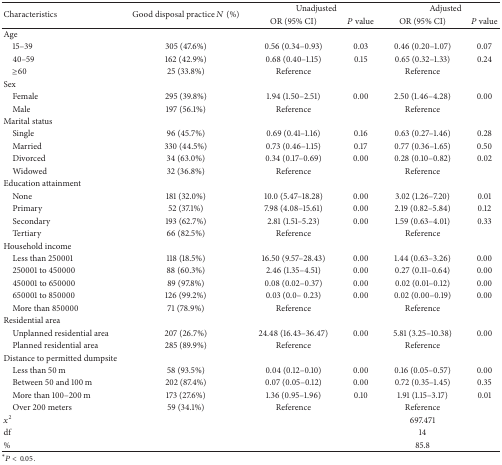
<table><thead><tr><td rowspan="2"><b>Characteristics</b></td><td rowspan="2"><b>Good disposal practice <i>N</i> (%)</b></td><td colspan="2"><b>Unadjusted</b></td><td colspan="2"><b>Adjusted</b></td></tr><tr><td><b>OR (95% CI)</b></td><td><b><i>P</i> value</b></td><td><b>OR (95% CI)</b></td><td><b><i>P</i> value</b></td></tr></thead><tbody><tr><td>Age</td><td> </td><td> </td><td> </td><td> </td><td> </td></tr><tr><td> 15–39</td><td>305 (47.6%)</td><td>0.56 (0.34–0.93)</td><td>0.03</td><td>0.46 (0.20–1.07)</td><td>0.07</td></tr><tr><td> 40–59</td><td>162 (42.9%)</td><td>0.68 (0.40–1.15)</td><td>0.15</td><td>0.65 (0.32–1.33)</td><td>0.24</td></tr><tr><td> ≥60</td><td>25 (33.8%)</td><td>Reference</td><td> </td><td>Reference</td><td> </td></tr><tr><td>Sex </td><td> </td><td> </td><td> </td><td> </td><td> </td></tr><tr><td> Female</td><td>295 (39.8%)</td><td>1.94 (1.50–2.51)</td><td>0.00</td><td>2.50 (1.46–4.28)</td><td>0.00</td></tr><tr><td> Male</td><td>197 (56.1%)</td><td>Reference</td><td> </td><td>Reference</td><td> </td></tr><tr><td>Marital status</td><td> </td><td> </td><td> </td><td> </td><td> </td></tr><tr><td> Single</td><td>96 (45.7%)</td><td>0.69 (0.41–1.16)</td><td>0.16</td><td>0.63 (0.27–1.46)</td><td>0.28</td></tr><tr><td> Married</td><td>330 (44.5%)</td><td>0.73 (0.46–1.15)</td><td>0.17</td><td>0.77 (0.36–1.65)</td><td>0.50</td></tr><tr><td> Divorced</td><td>34 (63.0%)</td><td>0.34 (0.17–0.69)</td><td>0.00</td><td>0.28 (0.10–0.82)</td><td>0.02</td></tr><tr><td> Widowed</td><td>32 (36.8%)</td><td>Reference</td><td> </td><td>Reference</td><td> </td></tr><tr><td>Education attainment </td><td> </td><td> </td><td> </td><td> </td><td> </td></tr><tr><td> None</td><td>181 (32.0%)</td><td>10.0 (5.47–18.28) </td><td>0.00</td><td>3.02 (1.26–7.20) </td><td>0.01</td></tr><tr><td> Primary</td><td>52 (37.1%)</td><td>7.98 (4.08–15.61)</td><td>0.00</td><td>2.19 (0.82–5.84)</td><td>0.12</td></tr><tr><td> Secondary</td><td>193 (62.7%)</td><td>2.81 (1.51–5.23)</td><td>0.00</td><td>1.59 (0.63–4.01)</td><td>0.33</td></tr><tr><td> Tertiary</td><td>66 (82.5%)</td><td>Reference</td><td> </td><td>Reference</td><td> </td></tr><tr><td>Household income</td><td> </td><td> </td><td> </td><td> </td><td> </td></tr><tr><td> Less than 250001</td><td>118 (18.5%)</td><td>16.50 (9.57–28.43)</td><td>0.00</td><td>1.44 (0.63–3.26)</td><td>0.00</td></tr><tr><td> 250001 to 450000</td><td>88 (60.3%)</td><td>2.46 (1.35–4.51)</td><td>0.00</td><td>0.27 (0.11–0.64)</td><td>0.00</td></tr><tr><td> 450001 to 650000</td><td>89 (97.8%)</td><td>0.08 (0.02–0.37)</td><td>0.00</td><td>0.02 (0.01–0.12)</td><td>0.00</td></tr><tr><td> 650001 to 850000</td><td>126 (99.2%)</td><td>0.03 (0.0– 0.23)</td><td>0.00</td><td>0.02 (0.00–0.19)</td><td>0.00</td></tr><tr><td> More than 850000 </td><td>71 (78.9%)</td><td>Reference</td><td> </td><td>Reference</td><td> </td></tr><tr><td>Residential area</td><td> </td><td> </td><td> </td><td> </td><td> </td></tr><tr><td> Unplanned residential area </td><td>207 (26.7%)</td><td>24.48 (16.43–36.47)</td><td>0.00</td><td>5.81 (3.25–10.38)</td><td>0.00</td></tr><tr><td> Planned residential area</td><td>285 (89.9%)</td><td>Reference</td><td> </td><td>Reference</td><td> </td></tr><tr><td>Distance to permitted dumpsite</td><td> </td><td> </td><td> </td><td> </td><td> </td></tr><tr><td> Less than 50 m</td><td>58 (93.5%)</td><td>0.04 (0.12–0.10)</td><td>0.00</td><td>0.16 (0.05–0.57)</td><td>0.00</td></tr><tr><td> Between 50 and 100 m</td><td>202 (87.4%)</td><td>0.07 (0.05–0.12)</td><td>0.00</td><td>0.72 (0.35–1.45)</td><td>0.35</td></tr><tr><td> More than 100–200 m</td><td>173 (27.6%)</td><td>1.36 (0.95–1.96)</td><td>0.10</td><td>1.91 (1.15–3.17)</td><td>0.01</td></tr><tr><td> Over 200 meters</td><td>59 (34.1%)</td><td>Reference</td><td> </td><td>Reference</td><td> </td></tr><tr><td><i>x</i><sup>2</sup></td><td> </td><td> </td><td> </td><td>697.471</td><td> </td></tr><tr><td>df</td><td> </td><td> </td><td> </td><td>14</td><td> </td></tr><tr><td>%</td><td> </td><td> </td><td> </td><td>85.8</td><td> </td></tr></tbody></table>